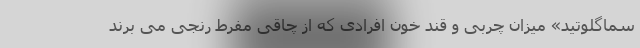
سماگلوتید» میزان چربی و قند خون افرادی که از چاقی مفرط رنجی می برند